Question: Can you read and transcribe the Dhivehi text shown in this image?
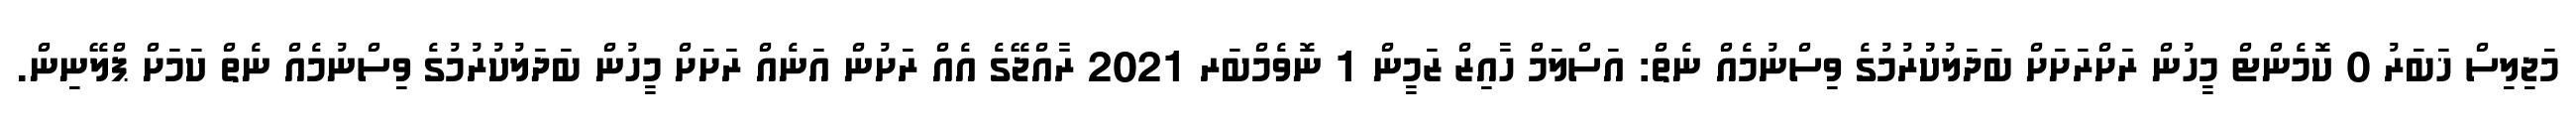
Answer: މަޖިލިސް ޚަބަރު 0 ކޮމެންޓް މީހުން ރަށްރަށަށް ބަދަލުކުުރުމުގެ ވިސްނުމެއް ނެތް: އަސްލަމް ހާއިޒް ޒަމީން 1 ނޮވެމްބަރ 2021 ރާއްޖޭގެ އެއް ރަށުން އަނެއް ރަށަށް މީހުން ބަދަލުކުރުމުގެ ވިސްނުމެއް ނެތް ކަމަށް ޕްލޭނިން.